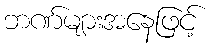
ဘဏ်များအနေဖြင့်